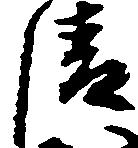
清